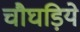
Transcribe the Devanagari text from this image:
चौघड़िये